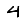
Digit: 4